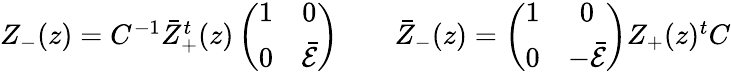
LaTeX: \begin{array}{cc}{{Z_{-}(z)=C^{-1}\bar{Z}_{+}^{t}(z)\left(\begin{array}{cc}{{1}}&{{0}}\\ {{0}}&{{\bar{\cal E}}}\end{array}\right)~~}}&{{~~\bar{Z}_{-}(z)=\left(\begin{array}{cc}{{1}}&{{0}}\\ {{0}}&{{-\bar{\cal E}}}\end{array}\right)Z_{+}(z){}^{t}C}}\end{array}